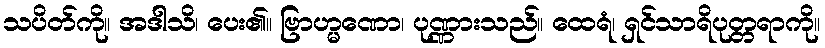
သပိတ်ကို။ အဒါသိ၊ ပေး၏။ ဗြာဟ္မဏော၊ ပုဏ္ဏားသည်။ ထေရံ၊ ရှင်သာရိပုတ္တရာကို။